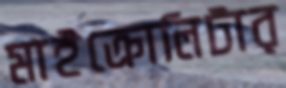
মাইক্রোলিটার